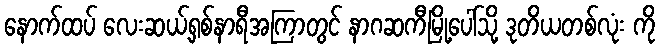
နောက်ထပ် လေးဆယ့်ရှစ်နာရီအကြာတွင် နာဂဆကီမြို့ပေါ်သို့ ဒုတိယတစ်လုံး ကို